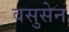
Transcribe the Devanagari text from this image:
वसुसेन